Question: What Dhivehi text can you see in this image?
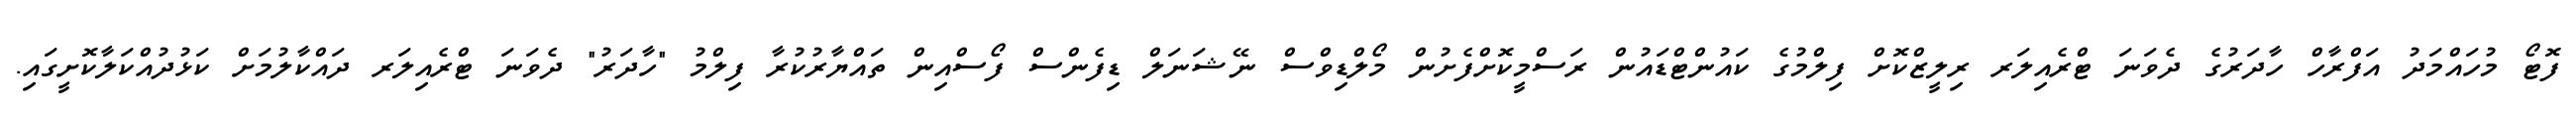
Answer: ފޮޓޯ މުހައްމަދު އަފްރާހް ހާދަރުގެ ދެވަނަ ޓްރެއިލަރ ރިލީޒްކޮށް ފިލްމުގެ ކައުންޓްޑައުން ރަސްމީކޮށްފެށުން މޯލްޑިވްސް ނޭޝަނަލް ޑިފެންސް ފޯސްއިން ތައްޔާރުކުރާ ފިލްމު "ހާދަރު" ދެވަނަ ޓްރެއިލަރ ދައްކާލުމަށް ކަޅުދުއްކަލާކޮށީގައި.